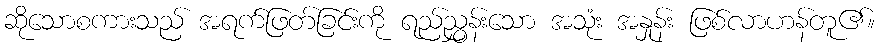
ဆိုသောစကားသည် အရက်ဖြတ်ခြင်းကို ရည်ညွှန်းသော အသုံး အနှုန်း ဖြစ်လာဟန်တူ၏။